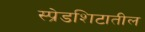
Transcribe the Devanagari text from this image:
स्प्रेडशिटातील